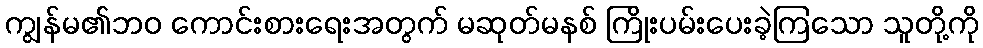
ကျွန်မ၏ဘဝ ကောင်းစားရေးအတွက် မဆုတ်မနစ် ကြိုးပမ်းပေးခဲ့ကြသော သူတို့ကို